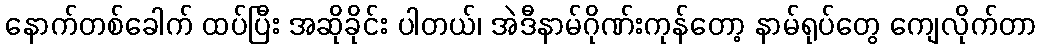
နောက်တစ်ခေါက် ထပ်ပြီး အဆိုခိုင်း ပါတယ်၊ အဲဒီနာမ်ဂိုဏ်းကုန်တော့ နာမ်ရုပ်တွေ ကျေလိုက်တာ